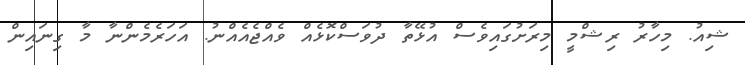
ޝިއު. މިހާރު ރިޝްމީ މިރަށުގައިވެސް އުޅޭތާ ދުވަސްކޮޅެއް ވެއްޖެއެއްނު. އަހަރެމެންނާ މާ ގިނައިން